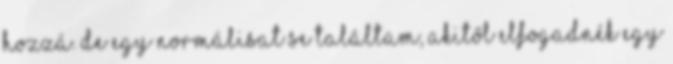
hozzá. De egy normálisat se találtam, akitől elfogadnék egy